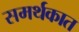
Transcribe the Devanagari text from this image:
समर्थकात